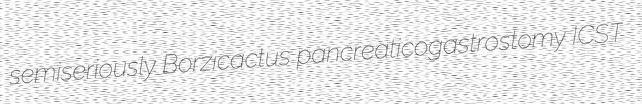
semiseriously Borzicactus pancreaticogastrostomy ICST